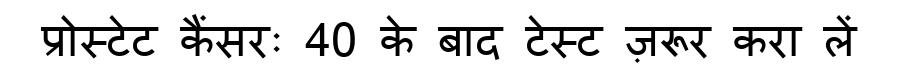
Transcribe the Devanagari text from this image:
प्रोस्टेट कैंसरः 40 के बाद टेस्ट ज़रूर करा लें